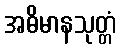
အဓိမာနသုတ္တံ